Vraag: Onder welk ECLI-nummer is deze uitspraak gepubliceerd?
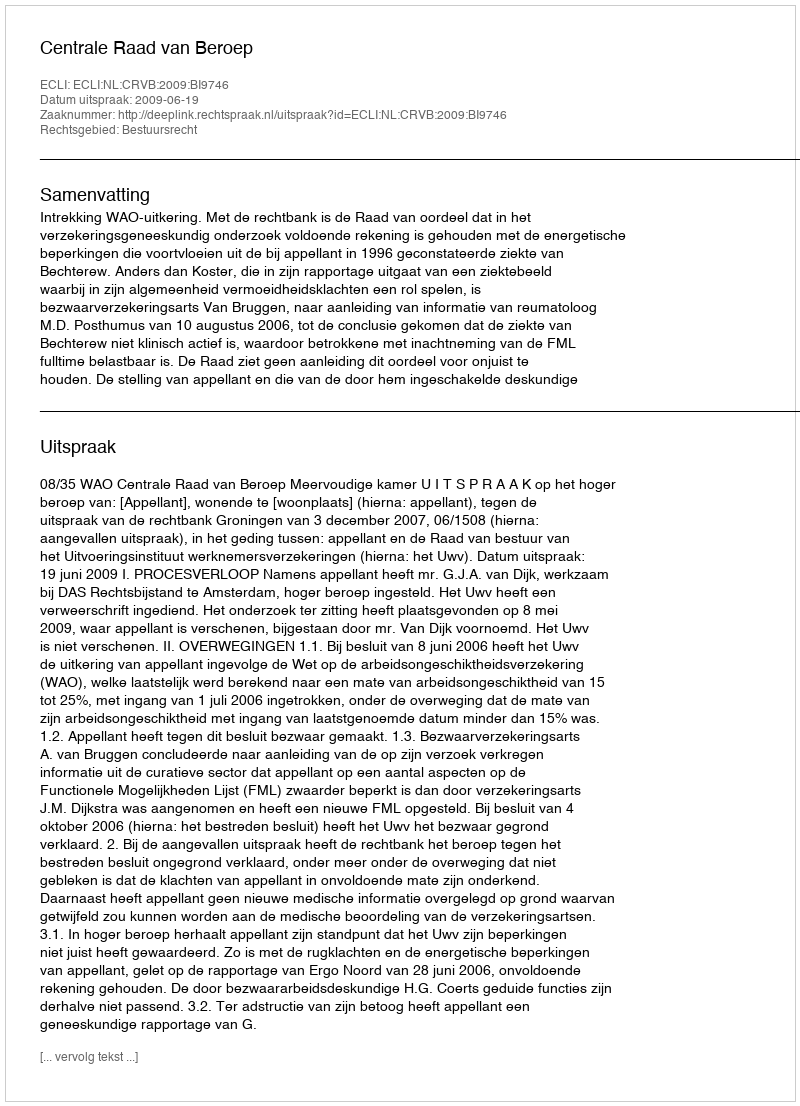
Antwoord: ECLI:NL:CRVB:2009:BI9746